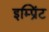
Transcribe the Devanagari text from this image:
इम्‍प्रिंट